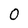
Character: 0